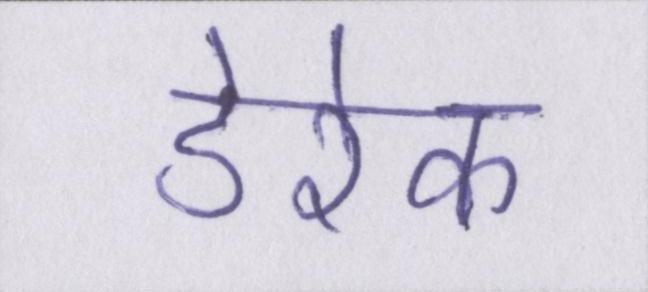
डेरेक